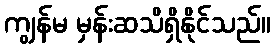
ကျွန်မ မှန်းဆသိရှိနိုင်သည်။